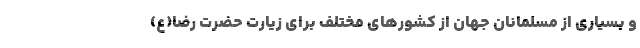
و بسیاری از مسلمانان جهان از کشورهای مختلف برای زیارت حضرت رضا(ع)